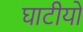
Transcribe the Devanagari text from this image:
घाटीयो